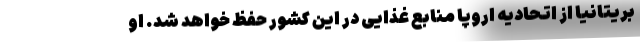
بریتانیا از اتحادیه اروپا منابع غذایی در این کشور حفظ خواهد شد. او